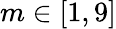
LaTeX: m\in[1,9]